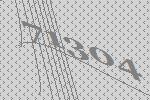
71304